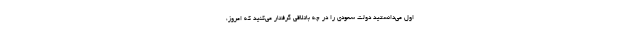
اول می‌دانستید دولت سعودی را در چه باتلاقی گرفتار می‌کنید که امروز،